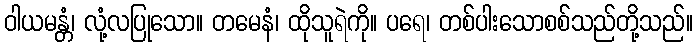
ဝါယမန္တံ၊ လုံ့လပြုသော။ တမေနံ၊ ထိုသူရဲကို။ ပရေ၊ တစ်ပါးသောစစ်သည်တို့သည်။